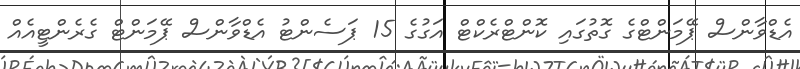
އެޑްވާންސް ޕޭމަންޓްގެ ގޮތުގައި ކޮންޓްރެކްޓް އަގުގެ 15 ޕަސެންޓު އެޑްވާންސް ޕޭމަންޓް ގެރެންޓީއެއް